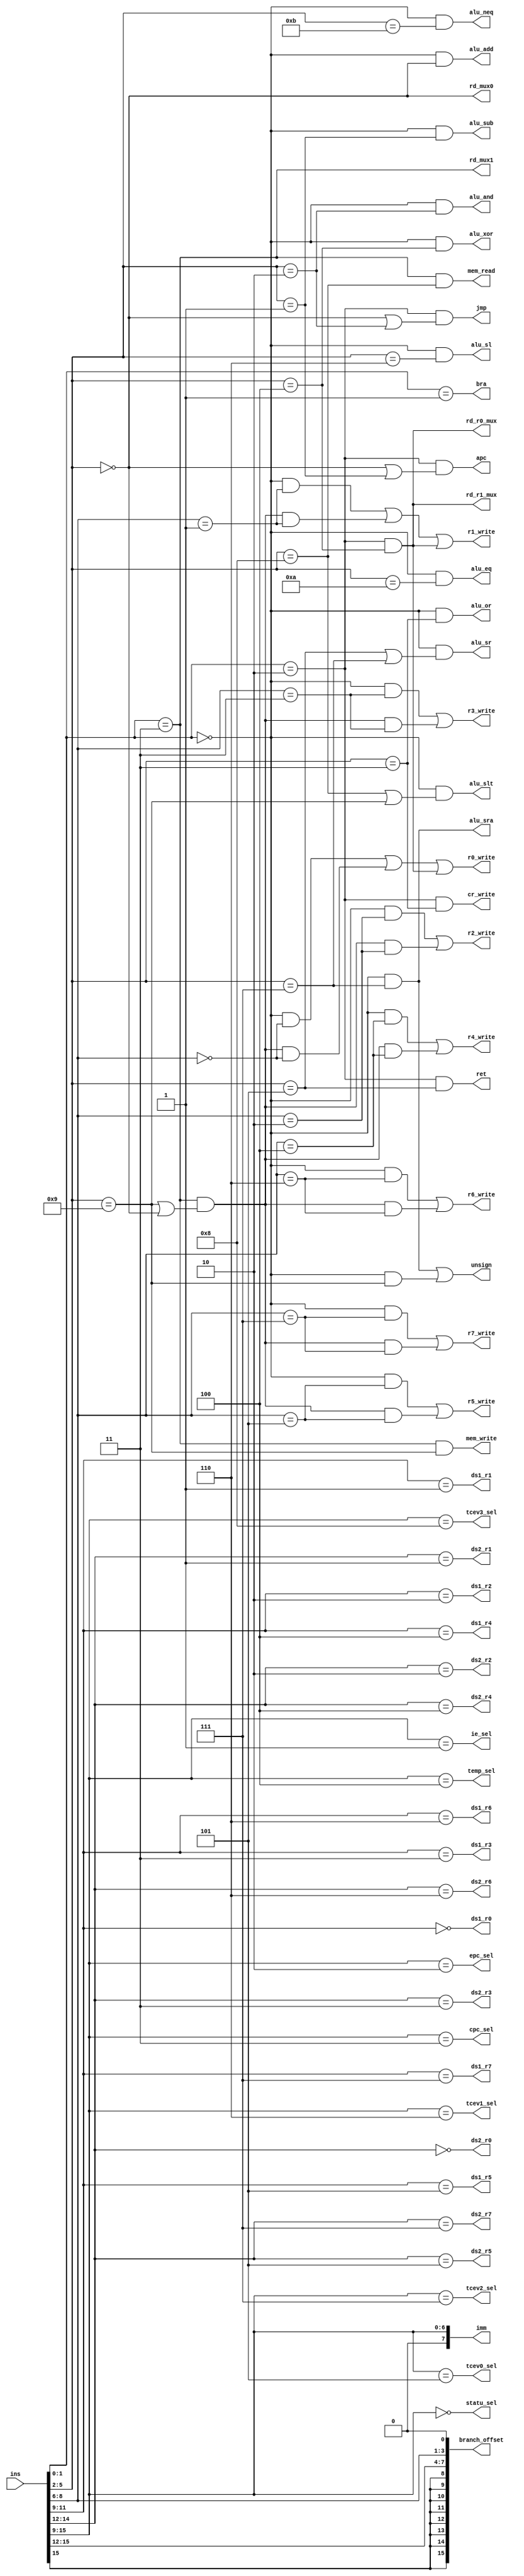
module id(
input wire [15:0]ins,

//
//1
output wire alu_add,
output wire alu_sub,
output wire alu_and,
output wire alu_or,
output wire alu_xor,
output wire alu_sr,
output wire alu_sl,
output wire alu_sra,
output wire alu_slt,
output wire alu_eq,
output wire alu_neq,
output wire unsign,		//
//
output wire mem_read,		//
output wire mem_write,
//
//gpr
output wire r0_write,
output wire r1_write,
output wire r2_write,
output wire r3_write,
output wire r4_write,
output wire r5_write,
output wire r6_write,
output wire r7_write,
output wire rd_mux0,	//rdimmlsu 1=imm 0=rdata
output wire rd_mux1,	//rdlsualu 1=LSU 0=alu
output wire rd_r0_mux,
output wire rd_r1_mux,
//cr
output wire statu_sel,
output wire ie_sel,
output wire epc_sel,
output wire cpc_sel,
output wire temp_sel,
output wire tcev0_sel,
output wire tcev1_sel,
output wire tcev2_sel,
output wire tcev3_sel,

output wire cr_write,
//
output wire ds1_r0,
output wire ds1_r1,
output wire ds1_r2,
output wire ds1_r3,
output wire ds1_r4,
output wire ds1_r5,
output wire ds1_r6,
output wire ds1_r7,
output wire ds2_r0,
output wire ds2_r1,
output wire ds2_r2,
output wire ds2_r3,
output wire ds2_r4,
output wire ds2_r5,
output wire ds2_r6,
output wire ds2_r7,


output wire [7:0]imm,	//
output wire [15:0]branch_offset,	//
//
output wire bra,	//
output wire ret,	//
output wire apc,	//pc
output wire jmp		//

);
parameter opcode_r	=	2'b00;
parameter opcode_b	=	2'b01;
parameter opcode_sys=	2'b10;
parameter opcode_ls	=	2'b11;

parameter funct4_0	=	4'h0;
parameter funct4_1	=	4'h1;
parameter funct4_2	=	4'h2;
parameter funct4_3	=	4'h3;
parameter funct4_4	=	4'h4;
parameter funct4_5	=	4'h5;
parameter funct4_6	=	4'h6;
parameter funct4_7	=	4'h7;
parameter funct4_8	=	4'h8;
parameter funct4_9	=	4'h9;
parameter funct4_a	=	4'ha;
parameter funct4_b	=	4'hb;
parameter funct4_c	=	4'hb;
parameter funct4_d	=	4'hd;
parameter funct4_e	=	4'he;
parameter funct4_f	=	4'hf;

parameter statu_index=	7'h0;
parameter ie_index	=	7'h1;
parameter epc_index	=	7'h2;
parameter cpc_index = 	7'h3;
parameter temp_index=	7'h4;
parameter tvec0_index=	7'h5;
parameter tvec1_index=	7'h6;
parameter tvec2_index=	7'h7;
parameter tvec3_index=	7'h8;

//
//1
assign alu_add	=	(ins[1:0]==opcode_r) & (ins[5:2]==funct4_0);
assign alu_sub	=	(ins[1:0]==opcode_r) & (ins[5:2]==funct4_1);
assign alu_and	=	(ins[1:0]==opcode_r) & (ins[5:2]==funct4_2);
assign alu_or	=	(ins[1:0]==opcode_r) & (ins[5:2]==funct4_3);
assign alu_xor	=	(ins[1:0]==opcode_r) & (ins[5:2]==funct4_4);
assign alu_sr	=	(ins[1:0]==opcode_r) & ((ins[5:2]==funct4_5)|(ins[5:2]==funct4_7));
assign alu_sl	=	(ins[1:0]==opcode_r) & (ins[5:2]==funct4_6);
assign alu_sra	=	(ins[1:0]==opcode_r) & (ins[5:2]==funct4_7);
assign alu_slt	=	(ins[1:0]==opcode_r) & ((ins[5:2]==funct4_8)|(ins[5:2]==funct4_9));
assign alu_sltu	=	(ins[1:0]==opcode_r) & (ins[5:2]==funct4_9);
assign alu_eq	=	(ins[1:0]==opcode_r) & (ins[5:2]==funct4_a);
assign alu_neq	=	(ins[1:0]==opcode_r) & (ins[5:2]==funct4_b);
assign unsign	=	alu_sra | alu_sltu;

assign mem_read	=	(ins[1:0]==opcode_ls) & (ins[5:2]==funct4_8);
assign mem_write=	(ins[1:0]==opcode_ls) & (ins[5:2]==funct4_9);

//gpr
assign r0_write =	(ins[1:0]==opcode_r) & (ins[8:6]==3'b000) | 
					(ins[1:0]==opcode_ls) & ((ins[5:2]==funct4_9) | (ins[5:2]==funct4_0)) & (ins[8:6]==3'b000)|	//LSLILBGPR
					(ins[1:0]==opcode_sys)&((ins[5:2]==funct4_4));	//JLAPCRCRR0 R1
assign r1_write =	(ins[1:0]==opcode_r) & (ins[8:6]==3'b001) | 
					(ins[1:0]==opcode_ls) & ((ins[5:2]==funct4_9) | (ins[5:2]==funct4_0)) & (ins[8:6]==3'b001)|
					(ins[1:0]==opcode_sys)&((ins[5:2]==funct4_4));	//JLAPCRCRR0 R1
assign r2_write	=	(ins[1:0]==opcode_r) & (ins[8:6]==3'b010) | 
					(ins[1:0]==opcode_ls) & ((ins[5:2]==funct4_9) | (ins[5:2]==funct4_0)) & (ins[8:6]==3'b010);
assign r3_write	=	(ins[1:0]==opcode_r) & (ins[8:6]==3'b011) | 
					(ins[1:0]==opcode_ls) & ((ins[5:2]==funct4_9) | (ins[5:2]==funct4_0)) & (ins[8:6]==3'b011);
assign r4_write	=	(ins[1:0]==opcode_r) & (ins[8:6]==3'b100) | 
					(ins[1:0]==opcode_ls) & ((ins[5:2]==funct4_9) | (ins[5:2]==funct4_0)) & (ins[8:6]==3'b100);
assign r5_write	=	(ins[1:0]==opcode_r) & (ins[8:6]==3'b101) | 
					(ins[1:0]==opcode_ls) & ((ins[5:2]==funct4_9) | (ins[5:2]==funct4_0)) & (ins[8:6]==3'b101);
assign r6_write	=	(ins[1:0]==opcode_r) & (ins[8:6]==3'b110) | 
					(ins[1:0]==opcode_ls) & ((ins[5:2]==funct4_9) | (ins[5:2]==funct4_0)) & (ins[8:6]==3'b110);
assign r7_write	=	(ins[1:0]==opcode_r) & (ins[8:6]==3'b111) | 
					(ins[1:0]==opcode_ls) & ((ins[5:2]==funct4_9) | (ins[5:2]==funct4_0)) & (ins[8:6]==3'b111);
					
assign rd_mux0	=	(ins[5:2]==funct4_0);	//rdimmlsu
assign rd_mux1	=	(ins[1:0]==opcode_ls);	//rdlsualu
assign rd_r0_mux=	(ins[1:0]==opcode_sys)&((ins[5:2]==funct4_4));	//JLAPCR0 R1
assign rd_r1_mux=	(ins[1:0]==opcode_sys)&((ins[5:2]==funct4_4));	//JLAPCR0 R1		

//rs1
assign ds1_r0	=	(ins[11:9]==3'b000);	
assign ds1_r1	=	(ins[11:9]==3'b001);	
assign ds1_r2	=	(ins[11:9]==3'b010);	
assign ds1_r3	=	(ins[11:9]==3'b011);	
assign ds1_r4	=	(ins[11:9]==3'b100);	
assign ds1_r5	=	(ins[11:9]==3'b101);	
assign ds1_r6	=	(ins[11:9]==3'b110);	
assign ds1_r7	=	(ins[11:9]==3'b111);
assign ds2_r0	=	(ins[14:12]==3'b000);	
assign ds2_r1	=	(ins[14:12]==3'b001);	
assign ds2_r2	=	(ins[14:12]==3'b010);	
assign ds2_r3	=	(ins[14:12]==3'b011);	
assign ds2_r4	=	(ins[14:12]==3'b100);	
assign ds2_r5	=	(ins[14:12]==3'b101);	
assign ds2_r6	=	(ins[14:12]==3'b110);	
assign ds2_r7	=	(ins[14:12]==3'b111);			
					
//cr
assign statu_sel=	(ins[15:9]==statu_index);
assign ie_sel	=	(ins[15:9]==ie_index);
assign epc_sel	=	(ins[15:9]==epc_index);
assign cpc_sel	=	(ins[15:9]==cpc_index);
assign temp_sel	=	(ins[15:9]==temp_index);
assign tcev0_sel=	(ins[15:9]==tvec0_index);
assign tcev1_sel=	(ins[15:9]==tvec1_index);
assign tcev2_sel=	(ins[15:9]==tvec2_index);
assign tcev3_sel=	(ins[15:9]==tvec3_index);
assign cr_write = 	(ins[1:0]==opcode_sys)&(ins[5:2]==funct4_3);	//WCRCR

//
assign jmp		=	(ins[1:0]==opcode_sys)&((ins[5:2]==funct4_0)|(ins[5:2]==funct4_2));	//JLJMPCPC
assign apc		=	(ins[1:0]==opcode_sys)&((ins[5:2]==funct4_0)|(ins[5:2]==funct4_1));	//JLAPCPC
assign ret		=	(ins[1:0]==opcode_sys)&	(ins[5:2]==funct4_5);		
assign bra		=	(ins[1:0]==opcode_b);				
					
assign imm		=	{1'b0,ins[15:9]};
assign branch_offset	=	{{8{ins[15]}},ins[15:12],ins[8:6],1'b0};		//16			
					
					
					
					
endmodule